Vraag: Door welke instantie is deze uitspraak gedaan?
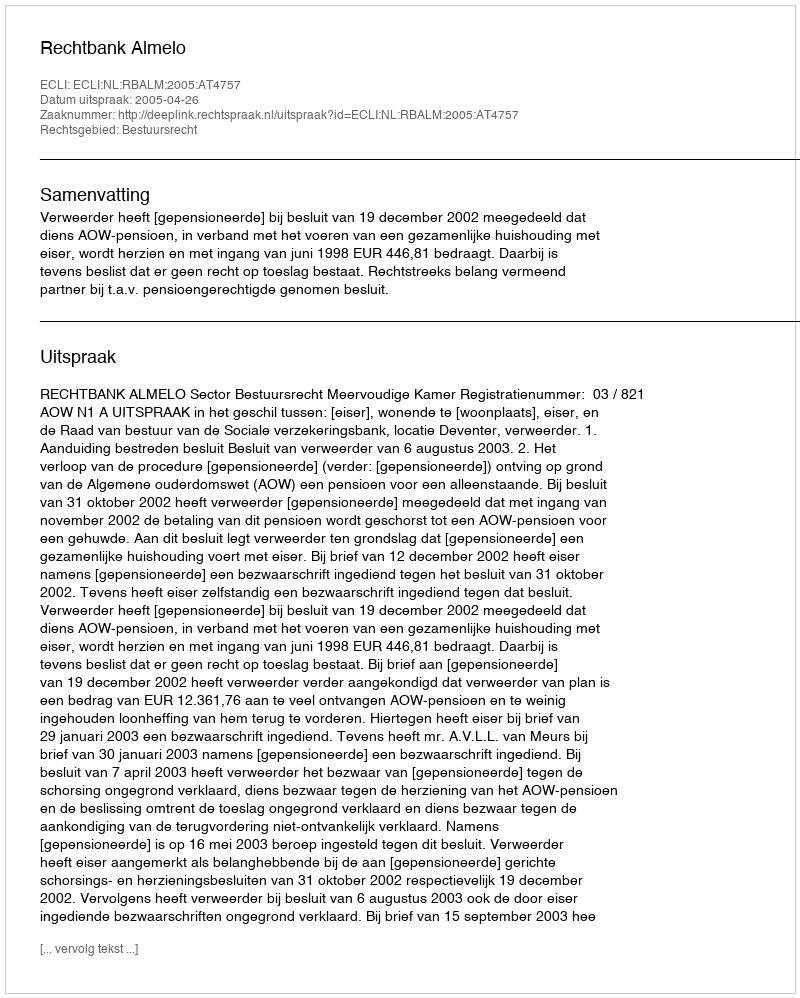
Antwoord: Rechtbank Almelo